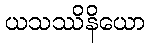
ယသဿိနိယော